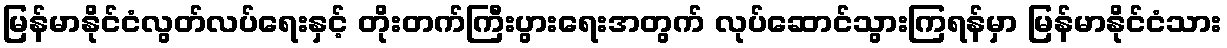
မြန်မာနိုင်ငံလွတ်လပ်ရေးနှင့် တိုးတက်ကြီးပွားရေးအတွက် လုပ်ဆောင်သွားကြရန်မှာ မြန်မာနိုင်ငံသား